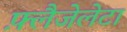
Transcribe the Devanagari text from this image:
फ़्लैजेलेटा